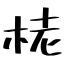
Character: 栳